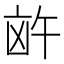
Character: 𪞸